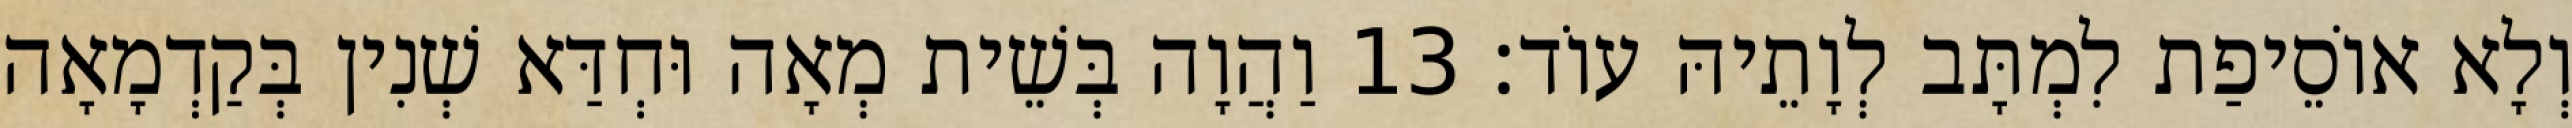
וְלָא אוֹסֵיפַת לִמְתָּב לְוָתֵיהּ עוֹד׃ 13 וַהֲוָה בְּשֵׁית מְאָה וּחְדַּא שְׁנִין בְּקַדְמָאָה